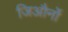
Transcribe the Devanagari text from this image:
जिऔर्नो